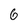
Character: 6